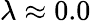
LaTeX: \lambda\approx 0.0